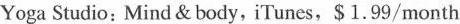
Yoga Sutio: Mind & body, iTuncs, $1.99/month